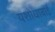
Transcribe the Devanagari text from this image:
यशोधाबाई